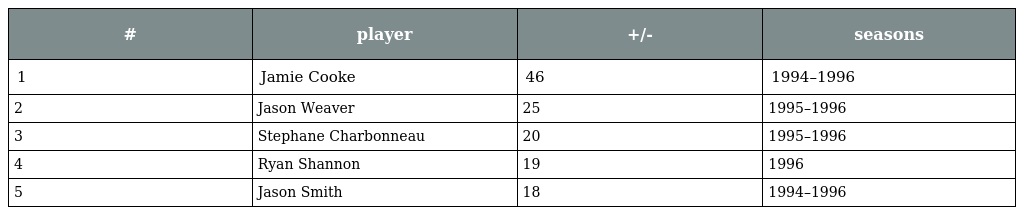
| # | player | +/- | seasons |
 | --- | --- | --- | --- |
 | 1 | Jamie Cooke | 46 | 1994–1996 |
 | 2 | Jason Weaver | 25 | 1995–1996 |
 | 3 | Stephane Charbonneau | 20 | 1995–1996 |
 | 4 | Ryan Shannon | 19 | 1996 |
 | 5 | Jason Smith | 18 | 1994–1996 |